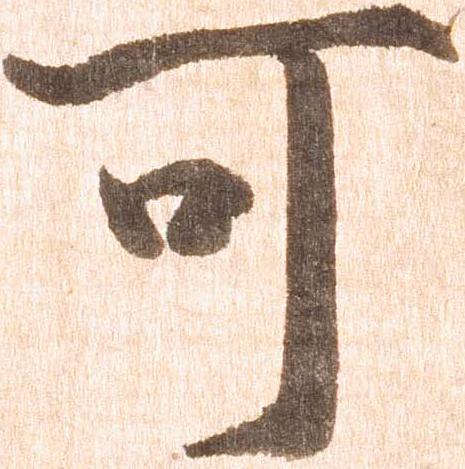
可